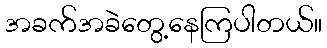
အခက်အခဲတွေ့နေကြပါတယ်။